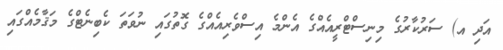
އަދި އ) ސަރުކާރުގެ މިނިސްޓްރީއެއްގެ އެންމެ އިސްވެރިއެއްގެ ގޮތުގައި ނުވަތަ ކެބިނެޓްގެ މަޤާމެއްގައި